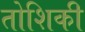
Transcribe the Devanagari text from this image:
तोशिकी